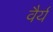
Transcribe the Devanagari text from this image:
वैर्य